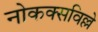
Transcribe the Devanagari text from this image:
नोकक्सविल्ले